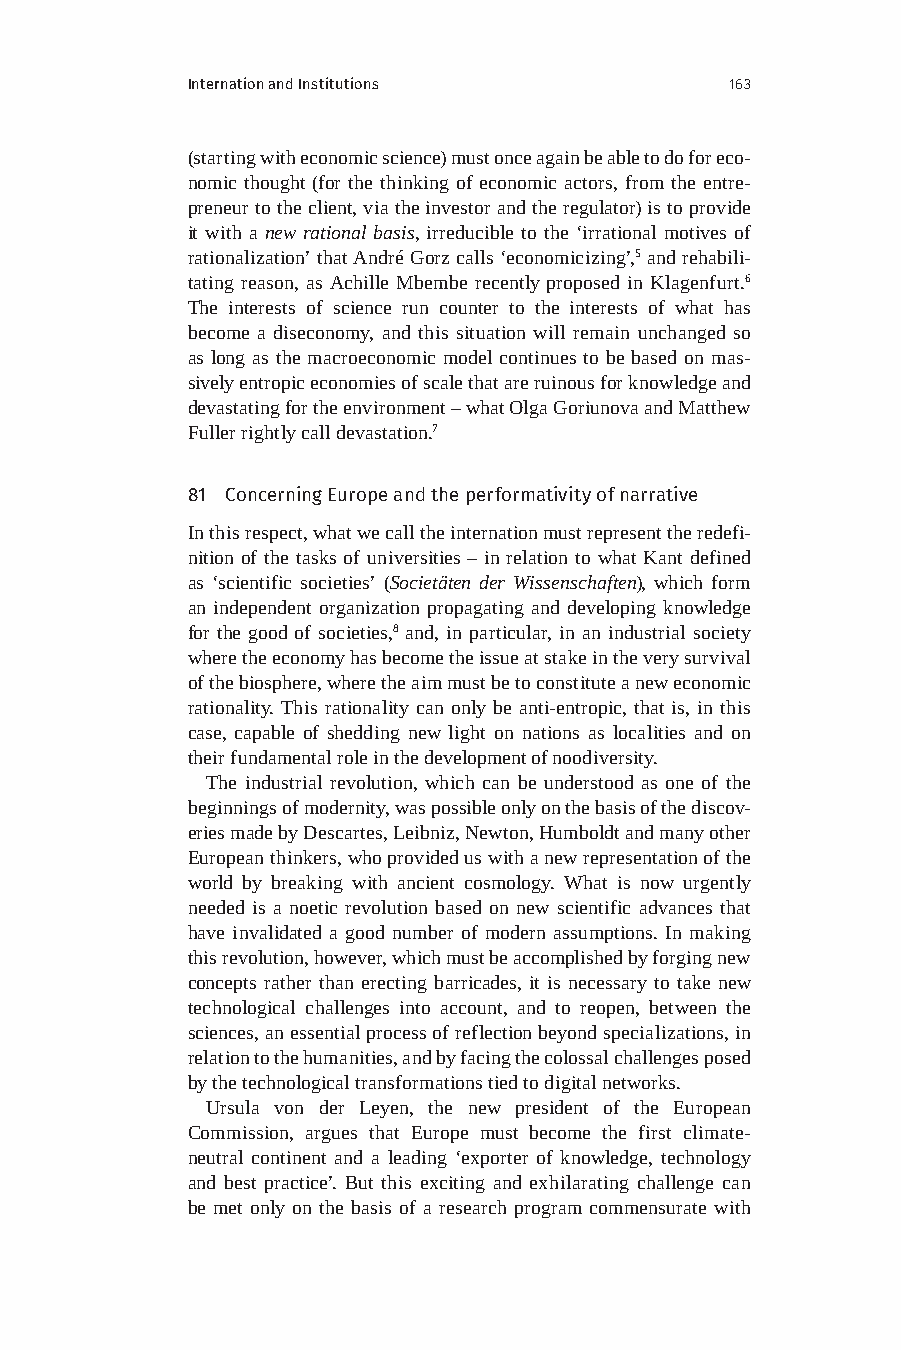
Internation and Institutions        163
 (starting with economic science) must once again be able to do for eco-
 nomic thought (for the thinking of economic actors, from the entre-
 preneur to the client, via the investor and the regulator) is to provide
 it with a new rational basis, irreducible to the ‘irrational motives of
 rationalization’ that André Gorz calls ‘economicizing’,5 and rehabili-
 tating reason, as Achille Mbembe recently proposed in Klagenfurt.6
 The interests of science run counter to the interests of what has
 become a diseconomy, and this situation will remain unchanged so
 as long as the macroeconomic model continues to be based on mas-
 sively entropic economies of scale that are ruinous for knowledge and
 devastating for the environment – what Olga Goriunova and Matthew
 Fuller rightly call devastation.7
 81 Concerning Europe and the performativity of narrative
 In this respect, what we call the internation must represent the redefi-
 nition of the tasks of universities – in relation to what Kant defined
 as ‘scientific societies’ (Societäten der Wissenschaften), which form
 an independent organization propagating and developing knowledge
 for the good of societies,8 and, in particular, in an industrial society
 where the economy has become the issue at stake in the very survival
 of the biosphere, where the aim must be to constitute a new economic
 rationality. This rationality can only be anti-entropic, that is, in this
 case, capable of shedding new light on nations as localities and on
 their fundamental role in the development of noodiversity.
 The industrial revolution, which can be understood as one of the
 beginnings of modernity, was possible only on the basis of the discov-
 eries made by Descartes, Leibniz, Newton, Humboldt and many other
 European thinkers, who provided us with a new representation of the
 world by breaking with ancient cosmology. What is now urgently
 needed is a noetic revolution based on new scientific advances that
 have invalidated a good number of modern assumptions. In making
 this revolution, however, which must be accomplished by forging new
 concepts rather than erecting barricades, it is necessary to take new
 technological challenges into account, and to reopen, between the
 sciences, an essential process of reflection beyond specializations, in
 relation to the humanities, and by facing the colossal challenges posed
 by the technological transformations tied to digital networks.
 Ursula von der Leyen, the new president of the European
 Commission, argues that Europe must become the first climate-
 neutral continent and a leading ‘exporter of knowledge, technology
 and best practice’. But this exciting and exhilarating challenge can
 be met only on the basis of a research program commensurate with